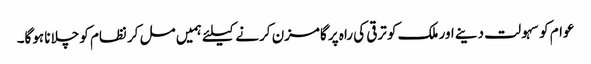
عوام کو سہولت دینے اور ملک کو ترقی کی راہ پر گامزن کرنے کیلئے ہمیں مل کر نظام کو چلانا ہوگا۔